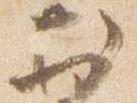
於